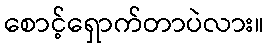
စောင့်ရှောက်တာပဲလား။